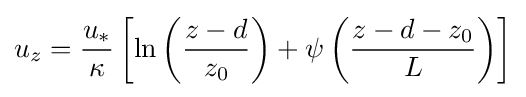
u_{z}={\frac {u_{*}}{\kappa }}\left[\ln \left({\frac {z-d}{z_{0}}}\right)+\psi \left({\frac {z-d-z_{0}}{L}}\right)\right]